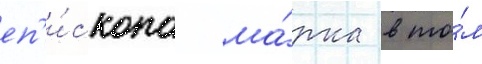
еп'и́скопа ма́рка в то́м